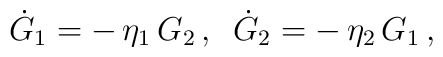
\dot{G}_{1}=-\,\eta _{1}\,G_{2}\,,\,\,\,\dot{G}_{2}=-\,\eta _{2}\,G_{1}\,,